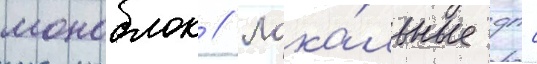
моноблок // Лока́льные дпс